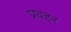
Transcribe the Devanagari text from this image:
प्रवहर